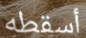
أسقطه